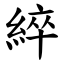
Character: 綷